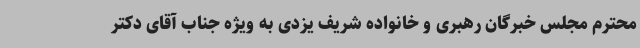
محترم مجلس خبرگان رهبری و خانواده شریف یزدی به ویژه جناب آقای دکتر